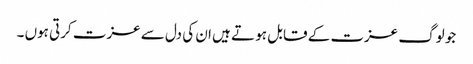
جو لوگ عزت کے قابل ہو تے ہیں ان کی دل سے عزت کرتی ہوں ۔